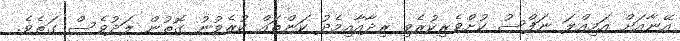
އޭނާއަށް އަމިއްލަ ނަފްސު ކުށްވެރިކުރެވި ރިދާއާއިމެދު ކަންތައް ކުރެވުނު ގޮތުން ލަދުވެސް ގަތެވެ.